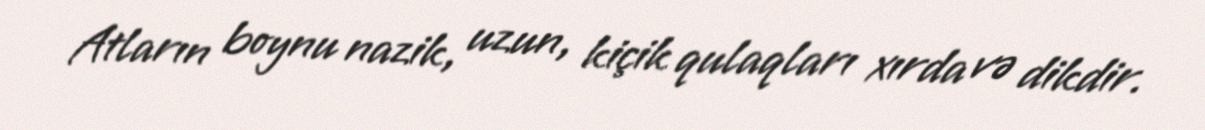
Atların boynu nazik, uzun, kiçik qulaqları xırda və dikdir.